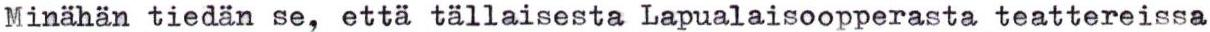
Minähän tiedän se, että tällaisesta Lapualaisoopperasta teattereissa